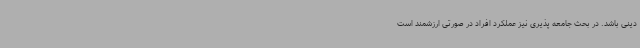
دینی باشد. در بحث جامعه پذیری نیز عملکرد افراد در صورتی ارزشمند است